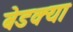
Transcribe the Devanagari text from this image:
बेडक्या